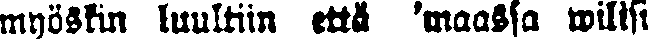
myöskin luultiin että 'maassa wilisi